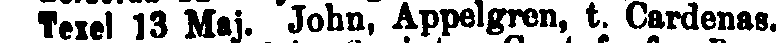
Texel 13 Maj. John, Appelgren, t. Cardenas.